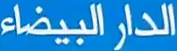
الدار البيضاء